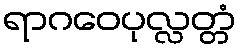
ရာဂဝေပုလ္လတ္တံ